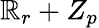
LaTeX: \mathbb{R}_{r}+Z_{p}